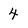
Character: 4